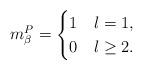
LaTeX: \begin{align*}m^P_\beta = \begin{cases}1 & l=1,\\0 & l\geq 2.\end{cases}\end{align*}